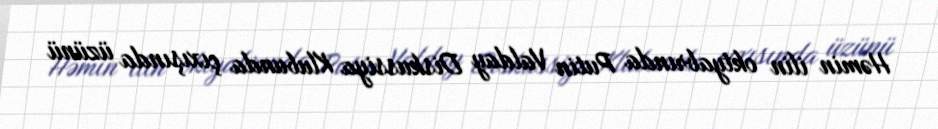
Həmin ilin oktyabrında Putin Valday Diskussiya Klubunda çıxışında üzünü